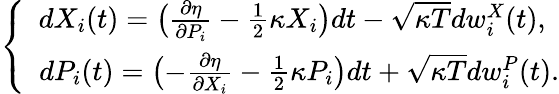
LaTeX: \begin{array}{r}{\left\{ \begin{array}{c}{dX_{i}(t)=\big(\begin{array}{c}{\frac{\partial\eta}{\partial P_{i}}}\end{array}-\frac{1}{2}\kappa X_{i}\big)dt-\sqrt{\kappa T}dw_{i}^{X}(t),}\\ {\ \ dP_{i}(t)=\big(\begin{array}{c}{-\frac{\partial\eta}{\partial X_{i}}}\end{array}-\frac{1}{2}\kappa P_{i}\big)dt+\sqrt{\kappa T}dw_{i}^{P}(t).}\end{array}\right.}\end{array}